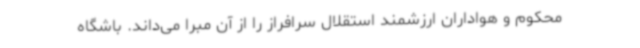
محکوم و هواداران ارزشمند استقلال سرافراز را از آن مبرا می‌داند. باشگاه